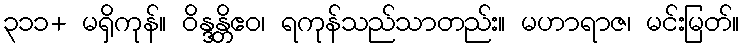
၃၁၁+ မရှိကုန်။ ဝိန္ဒန္တိဧဝ၊ ရကုန်သည်သာတည်း။ မဟာရာဇ၊ မင်းမြတ်။